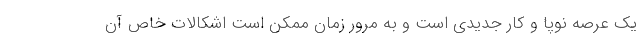
یک عرصه نوپا و کار جدیدی است و به مرور زمان ممکن است اشکالات خاص آن